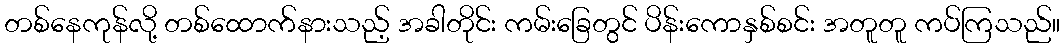
တစ်နေကုန်လို့ တစ်ထောက်နားသည့် အခါတိုင်း ကမ်းခြေတွင် ပိန်းကောနှစ်စင်း အတူတူ ကပ်ကြသည်။